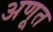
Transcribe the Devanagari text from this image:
अणूत